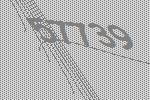
57739